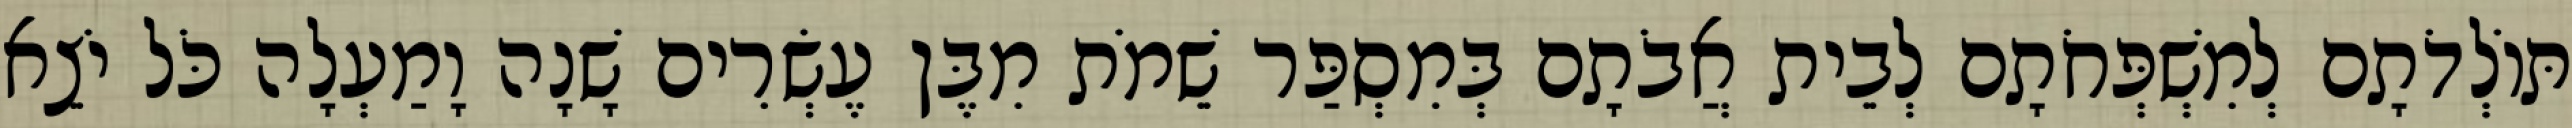
תּוֹלְדֹתָם לְמִשְׁפְּחֹתָם לְבֵית אֲבֹתָם בְּמִסְפַּר שֵׁמֹת מִבֶּן עֶשְׂרִים שָׁנָה וָמַעְלָה כֹּל יֹצֵא